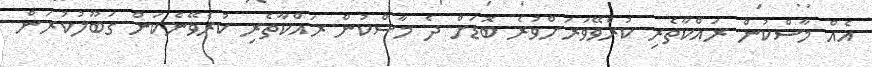
އެއް މާސްކުން ރައްކާތެރި ކުރެވޭވަރަށްވުރެ ބޮޑަށް ދެ މާސްކުން ރައްކާތެރި ކުރެވޭނެކަން ގަބޫލުކުރަން